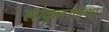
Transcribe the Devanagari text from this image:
लोकुत्तरकथा